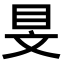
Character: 𥄐